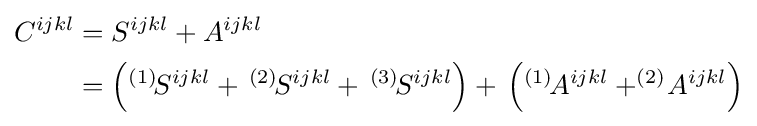
{\begin{aligned}C^{ijkl}&=S^{ijkl}+A^{ijkl}\\&=\left(^{(1)}\!S^{ijkl}+\,^{(2)}\!S^{ijkl}+\,^{(3)}\!S^{ijkl}\right)+\,\left(^{(1)}\!A^{ijkl}+^{(2)}\!A^{ijkl}\right)\end{aligned}}